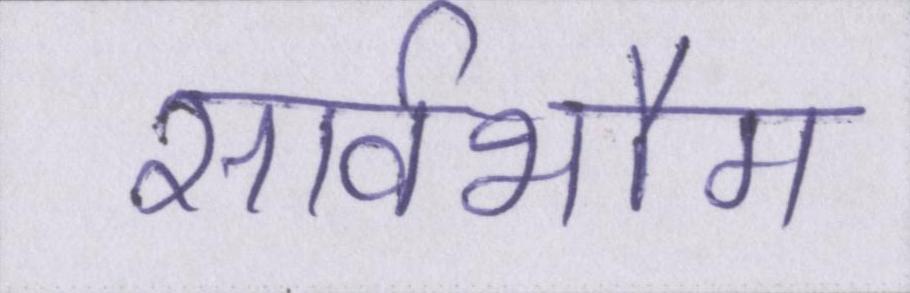
सार्वभौम